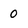
Character: 0